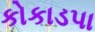
કોકાડપા